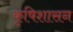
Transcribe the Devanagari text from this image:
कृषिशासन